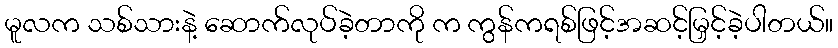
မူလက သစ်သားနဲ့ ဆောက်လုပ်ခဲ့တာကို က ကွန်ကရစ်ဖြင့်အဆင့်မြှင့်ခဲ့ပါတယ်။